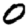
Digit: 0